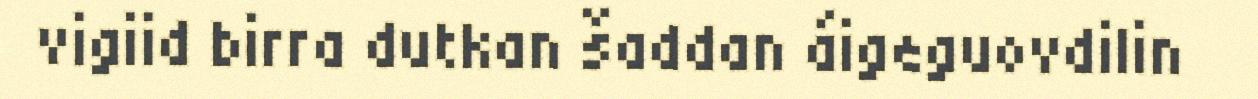
vigiid birra dutkan šaddan áigeguovdilin